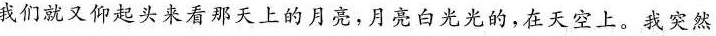
我们就又仰起头来看那天上的月亮，月亮白光光的，在天空上。我突然